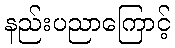
နည်းပညာကြောင့်